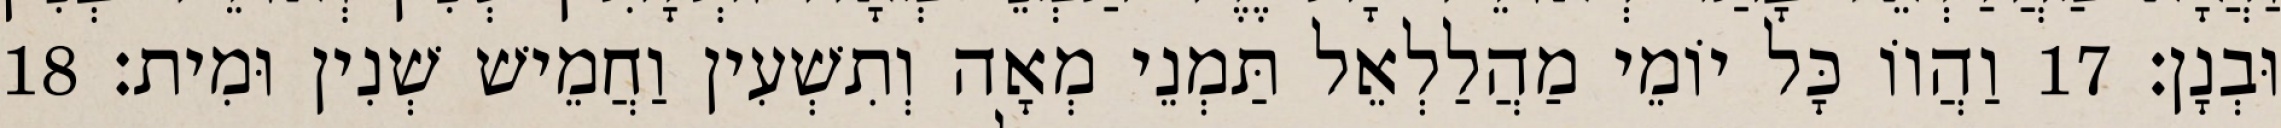
וּבְנָן׃ 17 וַהֲווֹ כָּל יוֹמֵי מַהֲלַלְאֵל תַּמְנֵי מְאָה וְתִשְׁעִין וַחֲמֵישׁ שְׁנִין וּמִית׃ 18